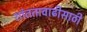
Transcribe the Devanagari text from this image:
शांततावाढीसाठी